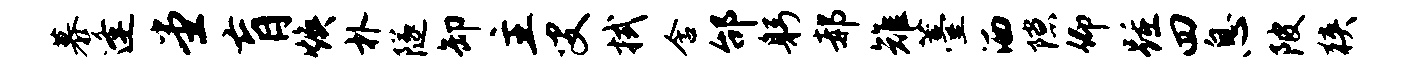
慕逢堂肓焕朴隧卸主叟拭含邰躬郝雉薹洒隙仰踵四息陂狭